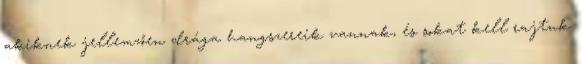
akiknek jellemzően drága hangszereik vannak, és sokat kell rajtuk